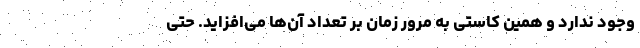
وجود ندارد و همین کاستی به مرور زمان بر تعداد آن‌ها می‌افزاید. حتی